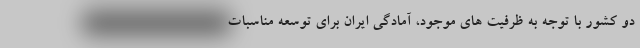
دو کشور با توجه به ظرفیت‌ های موجود، آمادگی ایران برای توسعه مناسبات